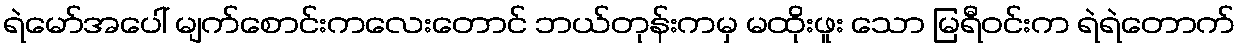
ရဲမော်အပေါ် မျက်စောင်းကလေးတောင် ဘယ်တုန်းကမှ မထိုးဖူး သော မြရီဝင်းက ရဲရဲတောက်